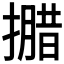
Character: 𭢝